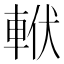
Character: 𨋩